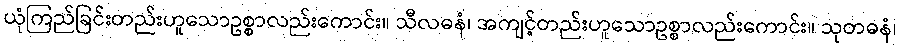
ယုံကြည်ခြင်းတည်းဟူသောဥစ္စာလည်းကောင်း။ သီလဓနံ၊ အကျင့်တည်းဟူသောဥစ္စာလည်းကောင်း။ သုတဓနံ၊